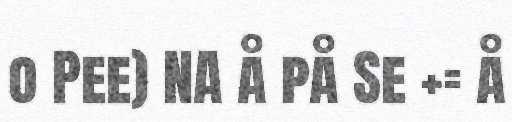
o Pee) NA å på Se += å